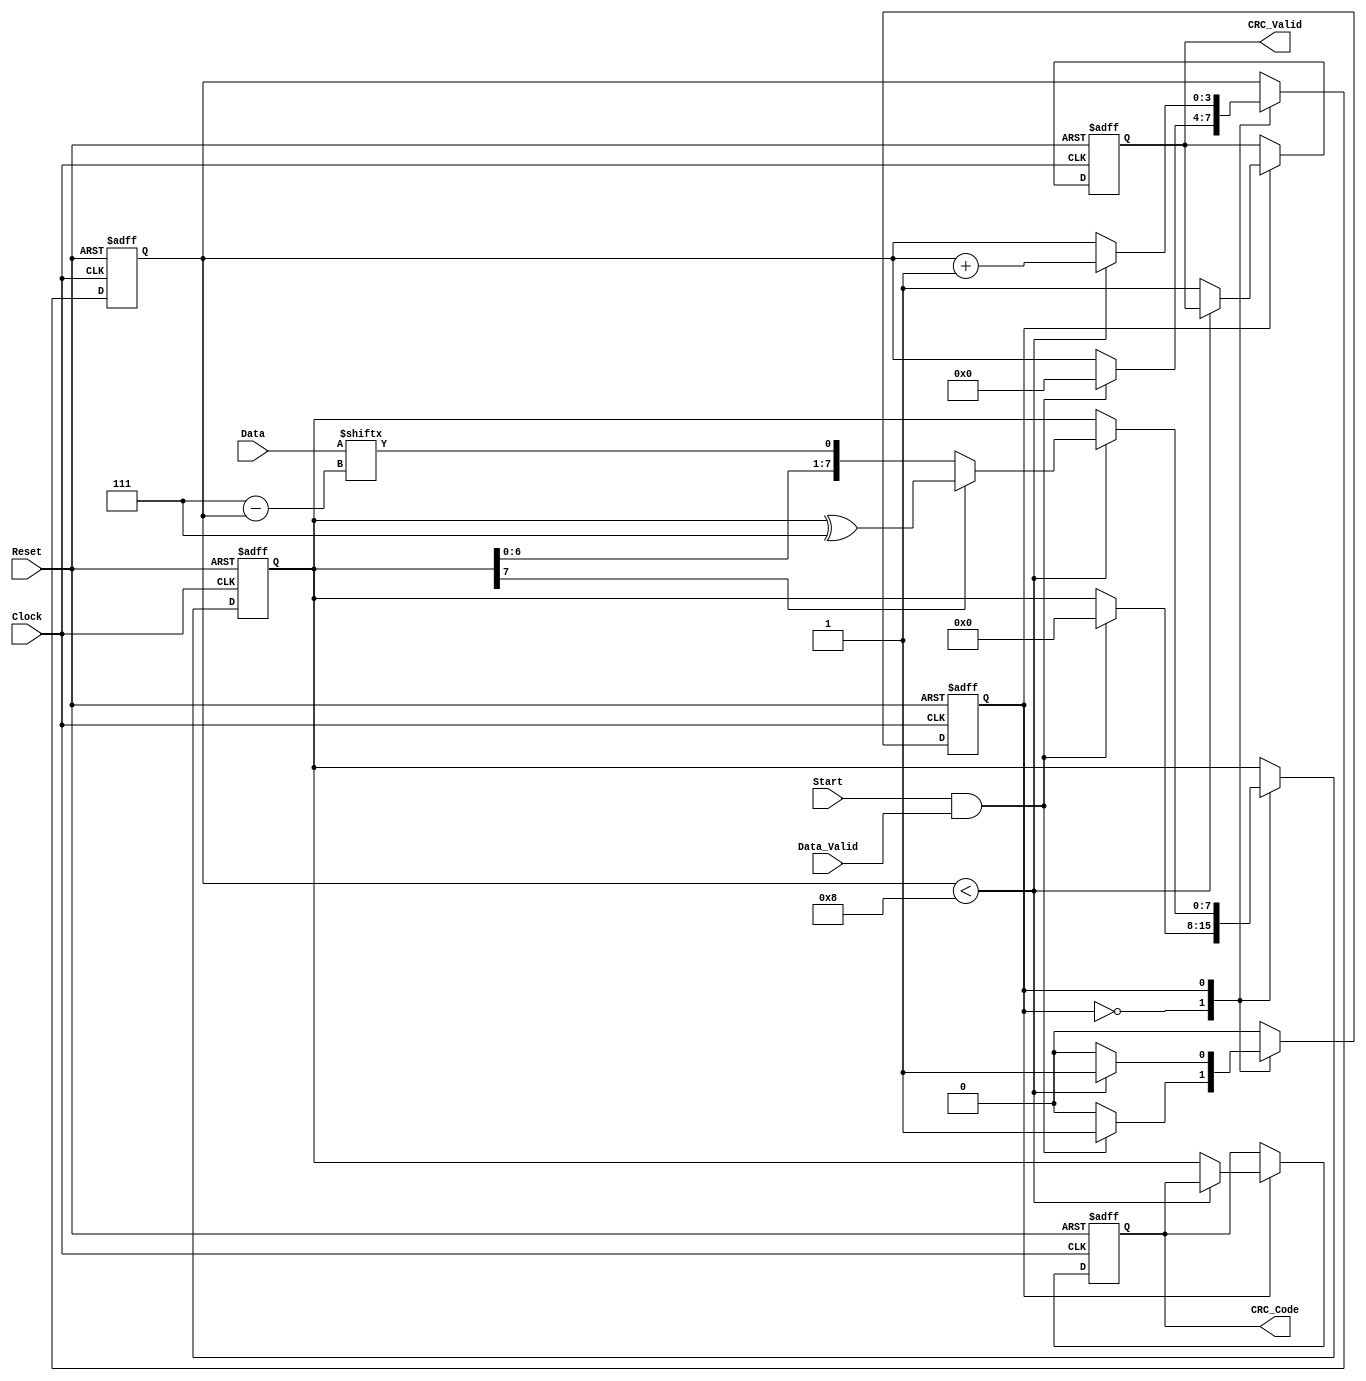
module parameterized_crc #(
    parameter CRC_Width = 8,          // Width of the CRC output
    parameter Poly_Degree = 8,        // Degree of the polynomial
    parameter Polynomial = 8'h07,     // Polynomial coefficients (example: x^8 + x^2 + x + 1)
    parameter Initial_Value = {CRC_Width{1'b0}} // Initial value for CRC
)(
    input wire [CRC_Width-1:0] Data,  // Input data
    input wire Data_Valid,              // Valid data signal
    input wire Reset,                   // Reset signal
    input wire Clock,                   // Clock signal
    input wire Start,                   // Start signal
    output reg [CRC_Width-1:0] CRC_Code, // Computed CRC checksum
    output reg CRC_Valid                // Valid CRC output signal
);

    reg [CRC_Width-1:0] crc_reg;       // CRC shift register
    reg [3:0] bit_count;                // Bit counter for processing data
    reg state;                          // State variable for FSM

    localparam IDLE = 1'b0;
    localparam PROCESSING = 1'b1;

    // State machine for CRC computation
    always @(posedge Clock or posedge Reset) begin
        if (Reset) begin
            crc_reg <= Initial_Value;
            CRC_Code <= Initial_Value;
            CRC_Valid <= 1'b0;
            bit_count <= 0;
            state <= IDLE;
        end else begin
            case (state)
                IDLE: begin
                    if (Start && Data_Valid) begin
                        crc_reg <= Initial_Value; // Reset CRC to initial value
                        bit_count <= 0;            // Reset bit counter
                        state <= PROCESSING;       // Move to processing state
                    end
                end

                PROCESSING: begin
                    if (bit_count < CRC_Width) begin
                        // Shift in the data bit
                        crc_reg <= {crc_reg[CRC_Width-2:0], Data[CRC_Width-1-bit_count]};
                        // Perform polynomial division
                        if (crc_reg[CRC_Width-1] == 1'b1) begin
                            crc_reg <= crc_reg ^ (Polynomial << (CRC_Width - Poly_Degree));
                        end
                        bit_count <= bit_count + 1;
                    end else begin
                        CRC_Code <= crc_reg; // Store the computed CRC
                        CRC_Valid <= 1'b1;   // Indicate CRC is valid
                        state <= IDLE;       // Return to idle state
                    end
                end

                default: state <= IDLE; // Default case to handle unexpected states
            endcase
        end
    end

endmodule